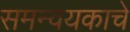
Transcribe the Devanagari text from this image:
समन्वयकाचे